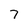
Character: 7